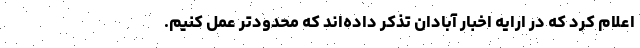
اعلام کرد که در ارایه اخبار آبادان تذکر داده‌اند که محدودتر عمل کنیم.